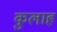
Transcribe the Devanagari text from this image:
कुलाह